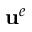
\mathbf { u } ^ { e }